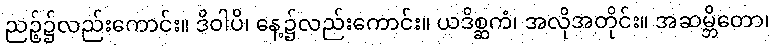
ညဉ့်၌လည်းကောင်း။ ဒိဝါပိ၊ နေ့၌လည်းကောင်း။ ယဒိစ္ဆကံ၊ အလိုအတိုင်း။ အဆမ္ဘိတော၊